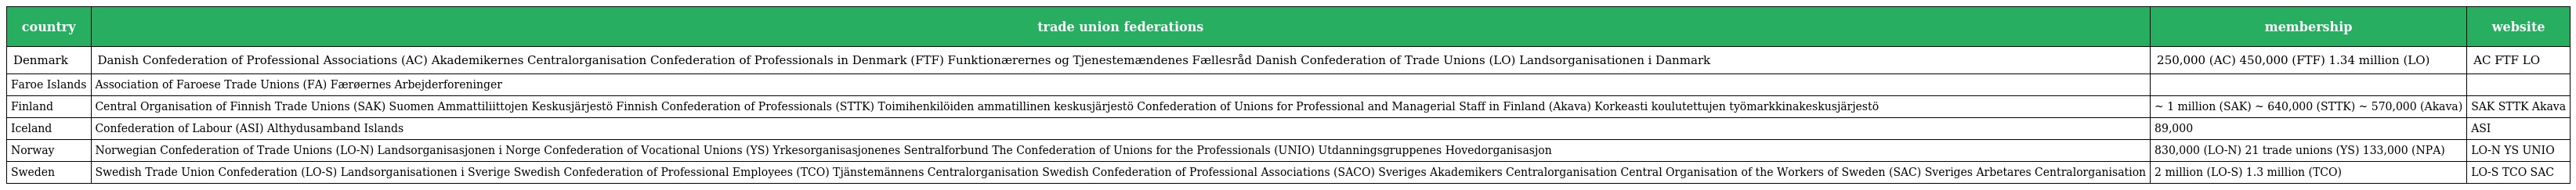
| country | trade union federations | membership | website |
 | --- | --- | --- | --- |
 | Denmark | Danish Confederation of Professional Associations (AC) Akademikernes Centralorganisation Confederation of Professionals in Denmark (FTF) Funktionærernes og Tjenestemændenes Fællesråd Danish Confederation of Trade Unions (LO) Landsorganisationen i Danmark | 250,000 (AC) 450,000 (FTF) 1.34 million (LO) | AC FTF LO |
 | Faroe Islands | Association of Faroese Trade Unions (FA) Færøernes Arbejderforeninger |  |  |
 | Finland | Central Organisation of Finnish Trade Unions (SAK) Suomen Ammattiliittojen Keskusjärjestö Finnish Confederation of Professionals (STTK) Toimihenkilöiden ammatillinen keskusjärjestö Confederation of Unions for Professional and Managerial Staff in Finland (Akava) Korkeasti koulutettujen työmarkkinakeskusjärjestö | ~ 1 million (SAK) ~ 640,000 (STTK) ~ 570,000 (Akava) | SAK STTK Akava |
 | Iceland | Confederation of Labour (ASI) Althydusamband Islands | 89,000 | ASI |
 | Norway | Norwegian Confederation of Trade Unions (LO-N) Landsorganisasjonen i Norge Confederation of Vocational Unions (YS) Yrkesorganisasjonenes Sentralforbund The Confederation of Unions for the Professionals (UNIO) Utdanningsgruppenes Hovedorganisasjon | 830,000 (LO-N) 21 trade unions (YS) 133,000 (NPA) | LO-N YS UNIO |
 | Sweden | Swedish Trade Union Confederation (LO-S) Landsorganisationen i Sverige Swedish Confederation of Professional Employees (TCO) Tjänstemännens Centralorganisation Swedish Confederation of Professional Associations (SACO) Sveriges Akademikers Centralorganisation Central Organisation of the Workers of Sweden (SAC) Sveriges Arbetares Centralorganisation | 2 million (LO-S) 1.3 million (TCO) | LO-S TCO SAC |